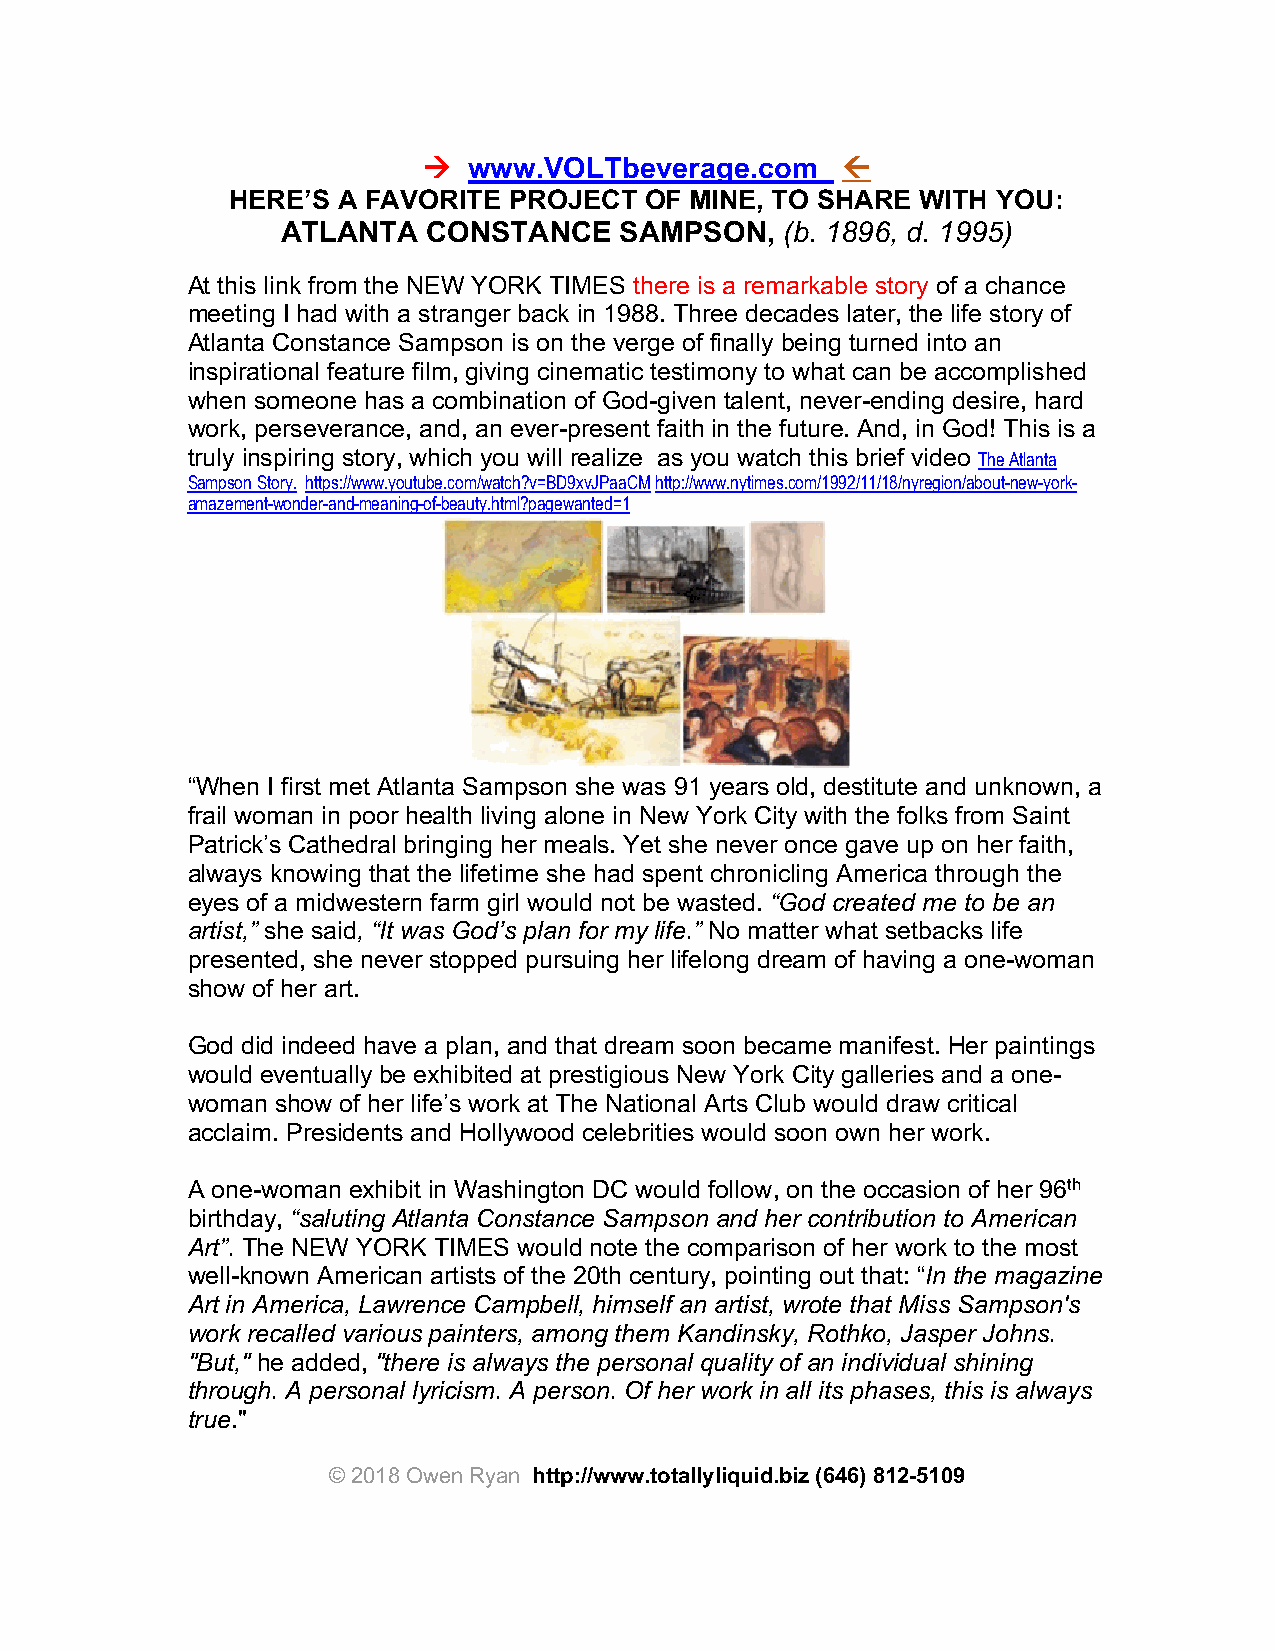
à  www.VOLTbeverage.com     ß
 HERE’S A FAVORITE  PROJECT  OF MINE, TO SHARE WITH YOU:
 ATLANTA  CONSTANCE    SAMPSON,   (b. 1896, d. 1995)
 At this link from the NEW YORK TIMES there is a remarkable story of a chance
 meeting I had with a stranger back in 1988. Three decades later, the life story of
 Atlanta Constance Sampson is on the verge of finally being turned into an
 inspirational feature film, giving cinematic testimony to what can be accomplished
 when someone has a combination of God-given talent, never-ending desire, hard
 work, perseverance, and, an ever-present faith in the future. And, in God! This is a
 truly inspiring story, which you will realize as you watch this brief video The Atlanta
 Sampson Story. https://www.youtube.com/watch?v=BD9xvJPaaCM http://www.nytimes.com/1992/11/18/nyregion/about-new-york-
 amazement-wonder-and-meaning-of-beauty.html?pagewanted=1
 “When I first met Atlanta Sampson she was 91 years old, destitute and unknown, a
 frail woman in poor health living alone in New York City with the folks from Saint
 Patrick’s Cathedral bringing her meals. Yet she never once gave up on her faith,
 always knowing that the lifetime she had spent chronicling America through the
 eyes of a midwestern farm girl would not be wasted. “God created me to be an
 artist,” she said, “It was God’s plan for my life.” No matter what setbacks life
 presented, she never stopped pursuing her lifelong dream of having a one-woman
 show of her art.
 God did indeed have a plan, and that dream soon became manifest. Her paintings
 would eventually be exhibited at prestigious New York City galleries and a one-
 woman show of her life’s work at The National Arts Club would draw critical
 acclaim. Presidents and Hollywood celebrities would soon own her work.
 A one-woman exhibit in Washington DC would follow, on the occasion of her 96th
 birthday, “saluting Atlanta Constance Sampson and her contribution to American
 Art”. The NEW YORK TIMES would note the comparison of her work to the most
 well-known American artists of the 20th century, pointing out that: “In the magazine
 Art in America, Lawrence Campbell, himself an artist, wrote that Miss Sampson's
 work recalled various painters, among them Kandinsky, Rothko, Jasper Johns.
 "But," he added, "there is always the personal quality of an individual shining
 through. A personal lyricism. A person. Of her work in all its phases, this is always
 true."
 © 2018 Owen Ryan http://www.totallyliquid.biz (646) 812-5109